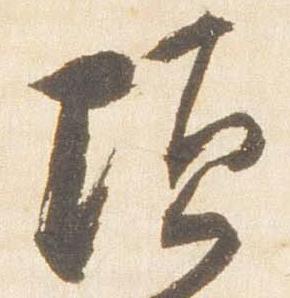
頃